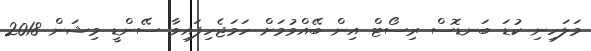
މަލަހިނި ކުޑަ ބަނޑޮސް ރިސޯޓް އިން ބޭއްވުމަށް ހަމަޖެހިފައިވާ ސޭންޑީ މިޝަން 2018